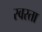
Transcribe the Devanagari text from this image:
स्वरता